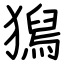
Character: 獡